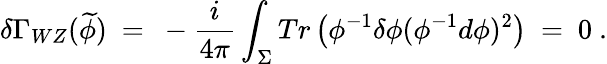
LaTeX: \delta\Gamma_{WZ}(\widetilde{\phi})\ =\ -\frac{i}{4\pi}\int_{\Sigma}Tr\left(\phi^{-1}\delta\phi(\phi^{-1}d\phi)^{2}\right)\ =\ 0\ .